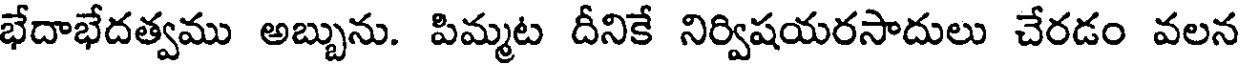
భేదాభేదత్వము అబ్బును. పిమ్మట దీనికే నిర్విషయరసాదులు చేరడం వలన